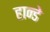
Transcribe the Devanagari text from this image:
हान्डे